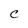
Character: C